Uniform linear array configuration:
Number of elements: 64
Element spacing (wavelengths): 1
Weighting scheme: binomial
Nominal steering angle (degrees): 30
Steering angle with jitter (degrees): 28.733
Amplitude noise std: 0.05
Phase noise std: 0.05

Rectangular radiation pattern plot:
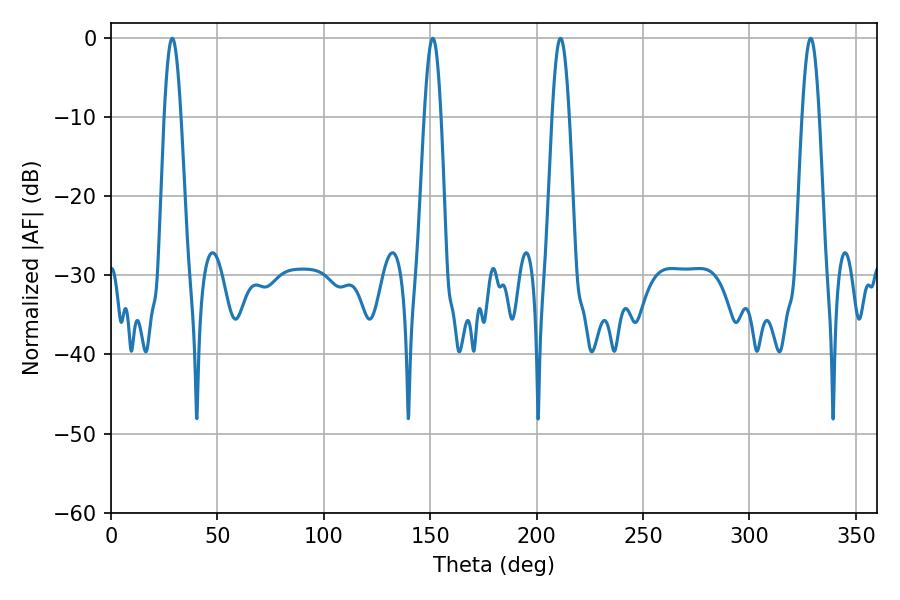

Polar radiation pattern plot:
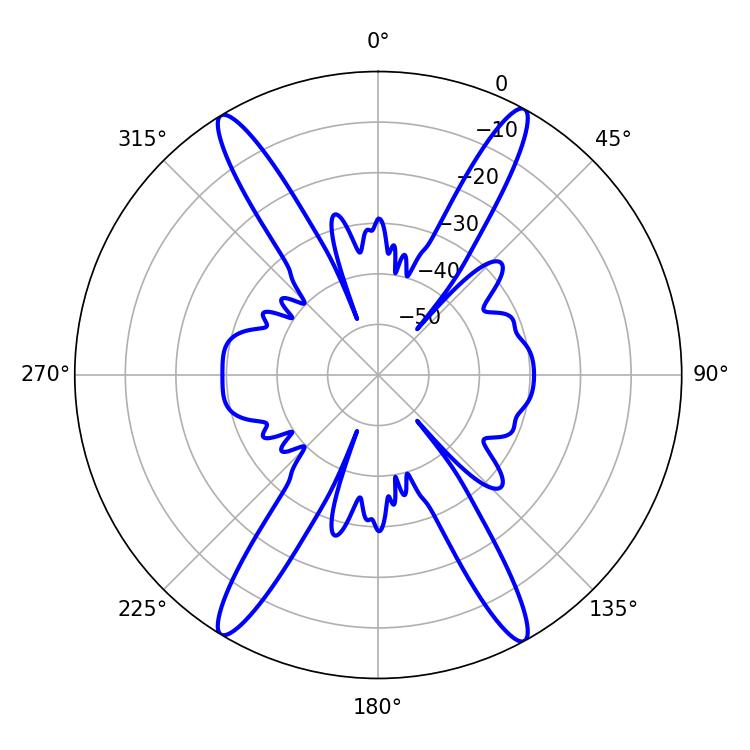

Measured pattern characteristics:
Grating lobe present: TRUE
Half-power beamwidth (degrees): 4.32
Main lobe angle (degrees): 28.8